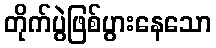
တိုက်ပွဲဖြစ်ပွားနေသော